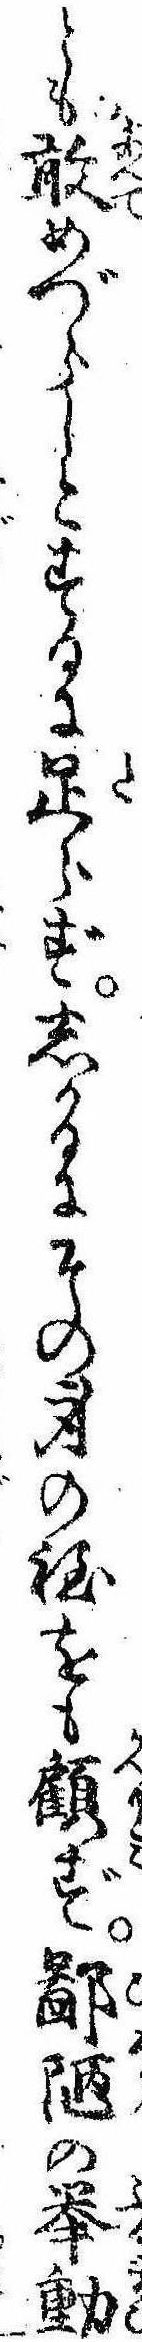
とも敢めづらしとするに足らずしかるにその身の程をも顧ず鄙陋の挙動